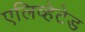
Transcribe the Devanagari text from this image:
एलिव्हेटेड